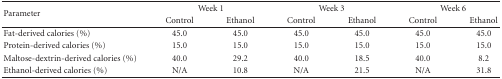
<table><thead><tr><td rowspan="2"><b>Parameter</b></td><td colspan="2"><b>Week 1</b></td><td colspan="2"><b>Week 3</b></td><td colspan="2"><b>Week 6</b></td></tr><tr><td><b>Control</b></td><td><b>Ethanol</b></td><td><b>Control</b></td><td><b>Ethanol</b></td><td><b>Control</b></td><td><b>Ethanol</b></td></tr></thead><tbody><tr><td>Fat-derived calories (%)</td><td>45.0</td><td>45.0</td><td>45.0</td><td>45.0</td><td>45.0</td><td>45.0</td></tr><tr><td>Protein-derived calories (%)</td><td>15.0</td><td>15.0</td><td>15.0</td><td>15.0</td><td>15.0</td><td>15.0</td></tr><tr><td>Maltose-dextrin-derived calories (%)</td><td>40.0</td><td>29.2</td><td>40.0</td><td>18.5</td><td>40.0</td><td>8.2</td></tr><tr><td>Ethanol-derived calories (%)</td><td>N/A</td><td>10.8</td><td>N/A</td><td>21.5</td><td>N/A</td><td>31.8</td></tr></tbody></table>